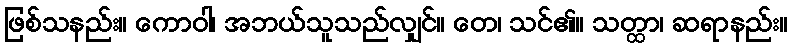
ဖြစ်သနည်း။ ကောဝါ၊ အဘယ်သူသည်လျှင်။ တေ၊ သင်၏။ သတ္ထာ၊ ဆရာနည်း။